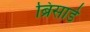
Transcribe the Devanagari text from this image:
ब्रिसार्ड